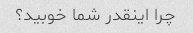
چرا اینقدر شما خوبید؟